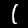
Label: 1